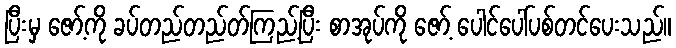
ပြီးမှ ဇော့်ကို ခပ်တည်တည်တ်ကြည့်ပြီး စာအုပ်ကို ဇော့် ပေါင်ပေါ်ပစ်တင်ပေးသည်။